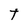
Character: T